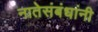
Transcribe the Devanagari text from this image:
नातेसंबंधांनी